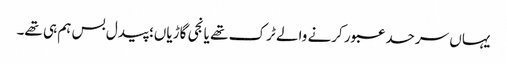
یہاں سرحد عبور کرنے والے ٹرک تھے یا نجی گاڑیاں؛ پیدل بس ہم ہی تھے۔